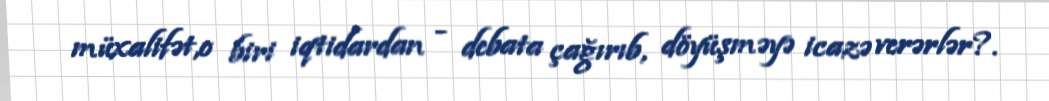
müxalifət,o biri iqtidardan - debata çağırıb, döyüşməyə icazə verərlər?.